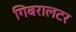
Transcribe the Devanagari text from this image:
गिबरालटर